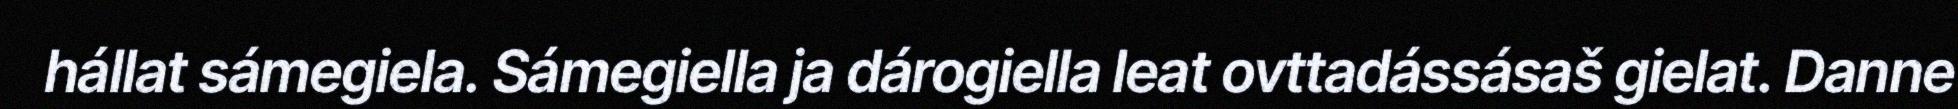
hállat sámegiela. Sámegiella ja dárogiella leat ovttadássásaš gielat. Danne